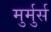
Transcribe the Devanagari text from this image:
मुर्मुर्स